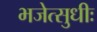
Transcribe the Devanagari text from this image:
भजेत्सुधीः